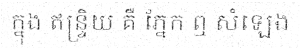
ក្នុង ឥន្ទ្រិយ គឺ ភ្នែក ឮ សំឡេង